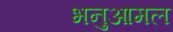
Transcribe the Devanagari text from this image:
भनुआमल